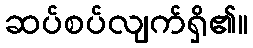
ဆပ်စပ်လျက်ရှိ၏။